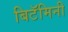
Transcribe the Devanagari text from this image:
बिटॅमिनी